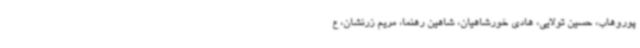
پوروهاب، حسین تولایی، هادی خورشاهیان، شاهین رهنما، مریم زرنشان، ع